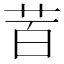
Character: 𮎩